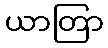
ယာတြာ